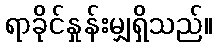
ရာခိုင်နှုန်းမျှရှိသည်။